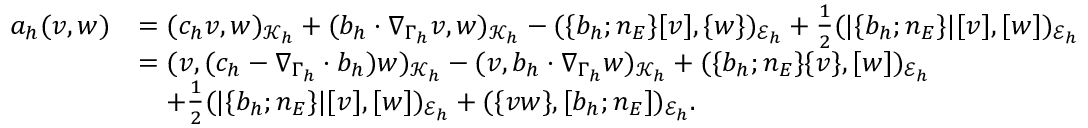
\begin{array} { r l } { a _ { h } ( v , w ) } & { = ( c _ { h } v , w ) _ { \mathcal { K } _ { h } } + ( b _ { h } \cdot \nabla _ { \Gamma _ { h } } v , w ) _ { \mathcal { K } _ { h } } - ( \{ b _ { h } ; n _ { E } \} [ v ] , \{ w \} ) _ { \mathcal { E } _ { h } } + \frac { 1 } { 2 } ( | \{ b _ { h } ; n _ { E } \} | [ v ] , [ w ] ) _ { \mathcal { E } _ { h } } } \\ & { = ( v , ( c _ { h } - \nabla _ { \Gamma _ { h } } \cdot b _ { h } ) w ) _ { \mathcal { K } _ { h } } - ( v , b _ { h } \cdot \nabla _ { \Gamma _ { h } } w ) _ { \mathcal { K } _ { h } } + ( \{ b _ { h } ; n _ { E } \} \{ v \} , [ w ] ) _ { \mathcal { E } _ { h } } } \\ & { \quad + \frac { 1 } { 2 } ( | \{ b _ { h } ; n _ { E } \} | [ v ] , [ w ] ) _ { \mathcal { E } _ { h } } + ( \{ v w \} , [ b _ { h } ; n _ { E } ] ) _ { \mathcal { E } _ { h } } . } \end{array}